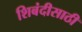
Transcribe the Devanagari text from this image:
शिबंदीसाठी